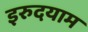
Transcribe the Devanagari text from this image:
इरुदयाम